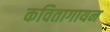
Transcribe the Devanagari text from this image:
कवितागायन